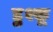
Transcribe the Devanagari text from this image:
डुश्कू